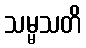
သမ္မသတိ